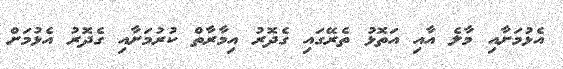
އެޅުމަށާއި މާލެ އާއި އަތޮޅު ތެރޭގައި ގެދޮރު އިމާރާތް ކުރުމަށާއި ގެދޮރު އެޅުމަށް